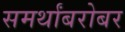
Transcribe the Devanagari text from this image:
समर्थांबरोबर